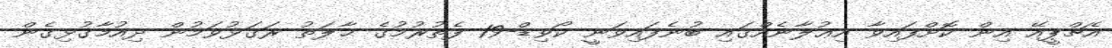
އެޗްޕީއޭ އިން ކޮށްފައިވާ އިޢުލާނެއްގައި ބުނެފައިވަނީ ކޯވިޑް-19 ފެތުރުމުގެ ޙާލަތު ރަގަޅުވަމުން ދިއުމާގުޅިގެން